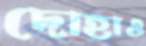
দোহাও